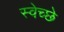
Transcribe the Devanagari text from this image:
स्वेच्छे